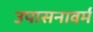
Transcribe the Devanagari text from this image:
उपासनावर्म